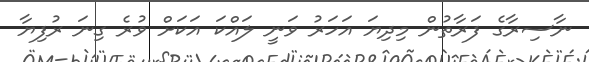
ނާސިރާގެ ފަރާތުން މިދިޔަ އަހަރު ވަނީ ލައްކަ އަކަށް ވުރެ ގިނަ ރުފިޔާ